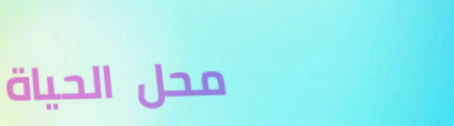
محل الحياة